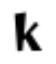
k